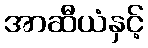
အာဆီယံနှင့်